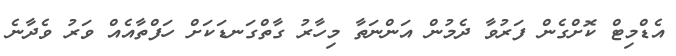
އެޑްމިޓް ކޮށްގެން ފަރުވާ ދެމުން އަންނަތާ މިހާރު ގާތްގަނޑަކަށް ހަފްތާއެއް ވަރު ވެދާނެ